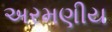
અરમણીય